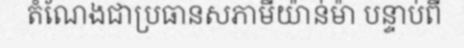
តំណែងជាប្រធានសភាមីយ៉ាន់ម៉ា បន្ទាប់ពី